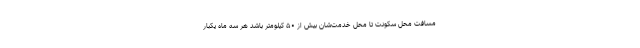
مسافت محل سکونت تا محل خدمت‌شان بیش از ۵۰ کیلومتر باشد هر سه ماه یکبار